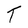
Character: T